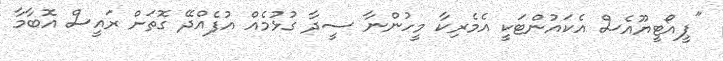
"ޕީއޯޓީޔޫއެސް އެކައުންޓަކީ އެމެރިކާ މީހުންނާ ސީދާ ގުޅުމެއް އުފެއްދޭ ގޮތަށް ރައީސް އޮބާމާ